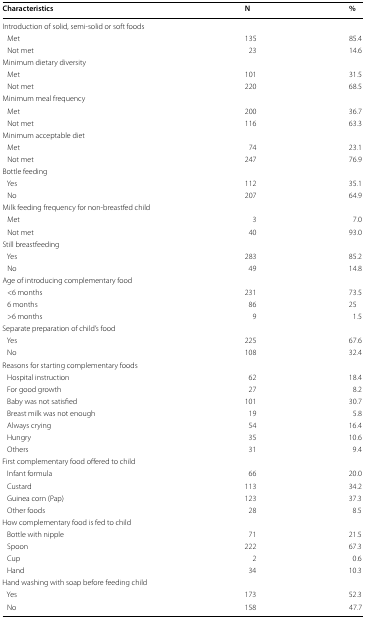
| Characteristics | N | % |
 | --- | --- | --- |
 | <COLSPAN=3> Introduction of solid, semi-solid or soft foods |
 | Met | 135 | 85.4 |
 | Not met | 23 | 14.6 |
 | <COLSPAN=3> Minimum dietary diversity |
 | Met | 101 | 31.5 |
 | Not met | 220 | 68.5 |
 | <COLSPAN=3> Minimum meal frequency |
 | Met | 200 | 36.7 |
 | Not met | 116 | 63.3 |
 | <COLSPAN=3> Minimum acceptable diet |
 | Met | 74 | 23.1 |
 | Not met | 247 | 76.9 |
 | <COLSPAN=3> Bottle feeding |
 | Yes | 112 | 35.1 |
 | No | 207 | 64.9 |
 | <COLSPAN=3> Milk feeding frequency for non-breastfed child |
 | Met | 3 | 7.0 |
 | Not met | 40 | 93.0 |
 | <COLSPAN=3> Still breastfeeding |
 | Yes | 283 | 85.2 |
 | No | 49 | 14.8 |
 | <COLSPAN=3> Age of introducing complementary food |
 | <6 months | 231 | 73.5 |
 | 6 months | 86 | 25 |
 | >6 months | 9 | 1.5 |
 | <COLSPAN=3> Separate preparation of child’s food |
 | Yes | 225 | 67.6 |
 | No | 108 | 32.4 |
 | <COLSPAN=3> Reasons for starting complementary foods |
 | Hospital instruction | 62 | 18.4 |
 | For good growth | 27 | 8.2 |
 | Baby was not satisfied | 101 | 30.7 |
 | Breast milk was not enough | 19 | 5.8 |
 | Always crying | 54 | 16.4 |
 | Hungry | 35 | 10.6 |
 | Others | 31 | 9.4 |
 | <COLSPAN=3> First complementary food offered to child |
 | Infant formula | 66 | 20.0 |
 | Custard | 113 | 34.2 |
 | Guinea corn (Pap) | 123 | 37.3 |
 | Other foods | 28 | 8.5 |
 | <COLSPAN=3> How complementary food is fed to child |
 | Bottle with nipple | 71 | 21.5 |
 | Spoon | 222 | 67.3 |
 | Cup | 2 | 0.6 |
 | Hand | 34 | 10.3 |
 | <COLSPAN=3> Hand washing with soap before feeding child |
 | Yes | 173 | 52.3 |
 | No | 158 | 47.7 |